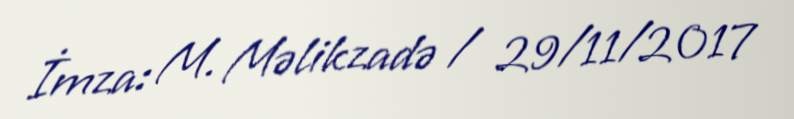
İmza: M. Məlikzadə / 29/11/2017